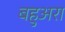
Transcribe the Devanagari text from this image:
बहुअरा